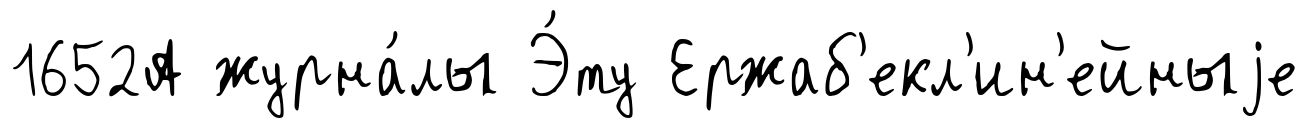
1652А журна́лы Э́ту Ержаб'екл'ин'ейныjе